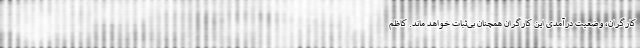
کارگران، وضعیت درآمدی این کارگران همچنان بی‌ثبات خواهد ماند. کاظم